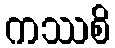
ကဿစိ